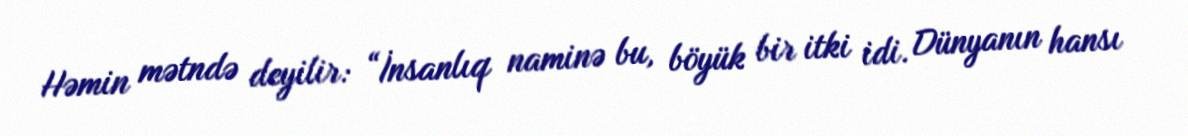
Həmin mətndə deyilir: “İnsanlıq naminə bu, böyük bir itki idi. Dünyanın hansı